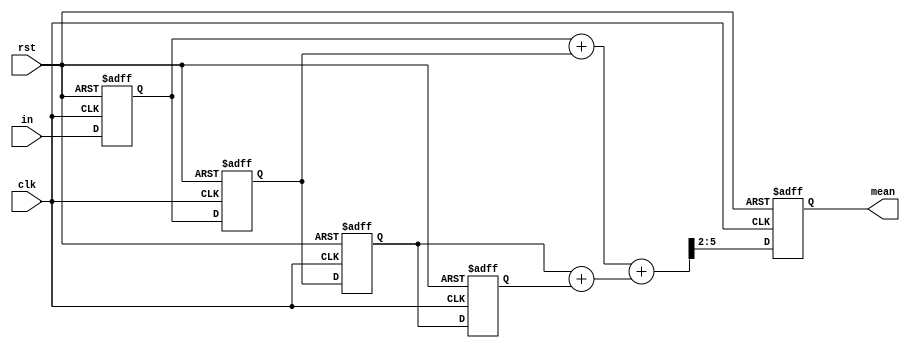
module mean(rst, clk, in, mean);
input rst, clk;
input [3:0] in;
output reg [3:0] mean;

reg [3:0] x0, x1, x2, x3;
wire [5:0] sum;
wire [3:0] m_tmp;

always@(posedge clk or posedge rst)
begin 
	if (rst) {x3,x2,x1,x0}<=16'd0;
	else
	begin
		x3<=x2;
		x2<=x1;
		x1<=x0;
		x0<=in;
	end
end
assign sum = (x0+x1)+(x2+x3);
assign m_tmp = sum >> 2;
//assign m_tmp = sum[5:2];

always@(posedge clk or posedge rst)
begin	
	if (rst) mean <= 4'd0;
	else mean <=m_tmp;
end
endmodule